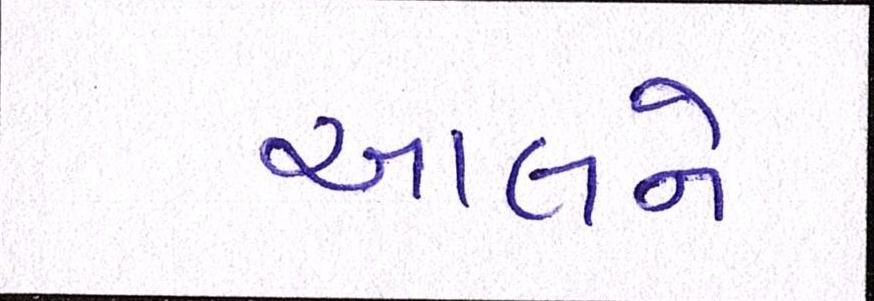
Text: આલને